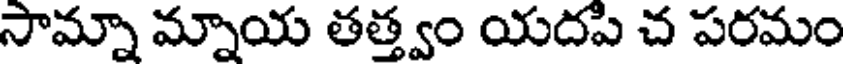
సామ్నా మ్నాయ తత్త్వం యదపి చ పరమం